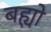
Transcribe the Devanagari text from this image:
बह्यो